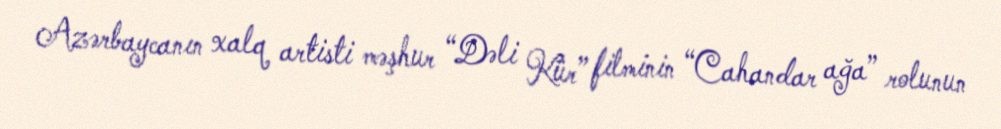
Azərbaycanın xalq artisti məşhur “Dəli Kür” filminin “Cahandar ağa” rolunun